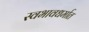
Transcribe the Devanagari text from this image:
स्वभावधर्मात